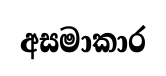
අසමාකාර